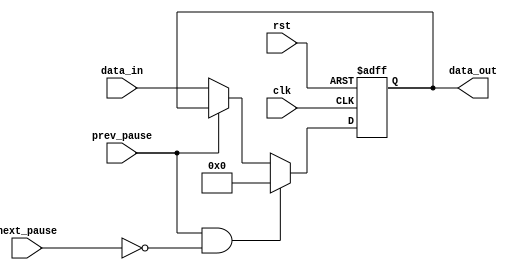
`timescale 1ns / 1ps
//////////////////////////////////////////////////////////////////////////////////
// Company: 
// Engineer: 
// 
// Design Name: 
// Module Name: SegmentReg
// Project Name: 
// Target Devices: 
// Tool Versions: 
// Description: 
// 
// Dependencies: 
// 
// Revision:
// Revision 0.01 - File Created
// Additional Comments:
// 
//////////////////////////////////////////////////////////////////////////////////


module SegmentReg(
    input           clk,
    input           rst,
    input           prev_pause,
    input           next_pause,
    input   [31:0]  data_in,
    
    output  [31:0]  data_out 
    );
    reg [31:0]  data;
    always@(posedge clk or posedge rst)begin
        if(rst)begin
            data<=32'h0;
        end    
        else if(prev_pause&&~next_pause)
            data<=32'h0;
        else if(prev_pause)
            data<=data; 
        else begin
            data<=data_in;
        end
    end
    assign data_out=data;
endmodule